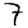
Digit: 7